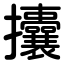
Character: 攮